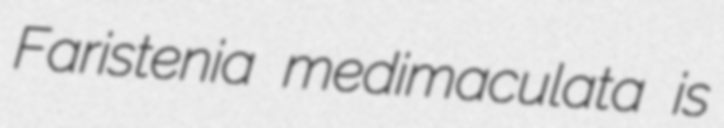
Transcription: Faristenia medimaculata is